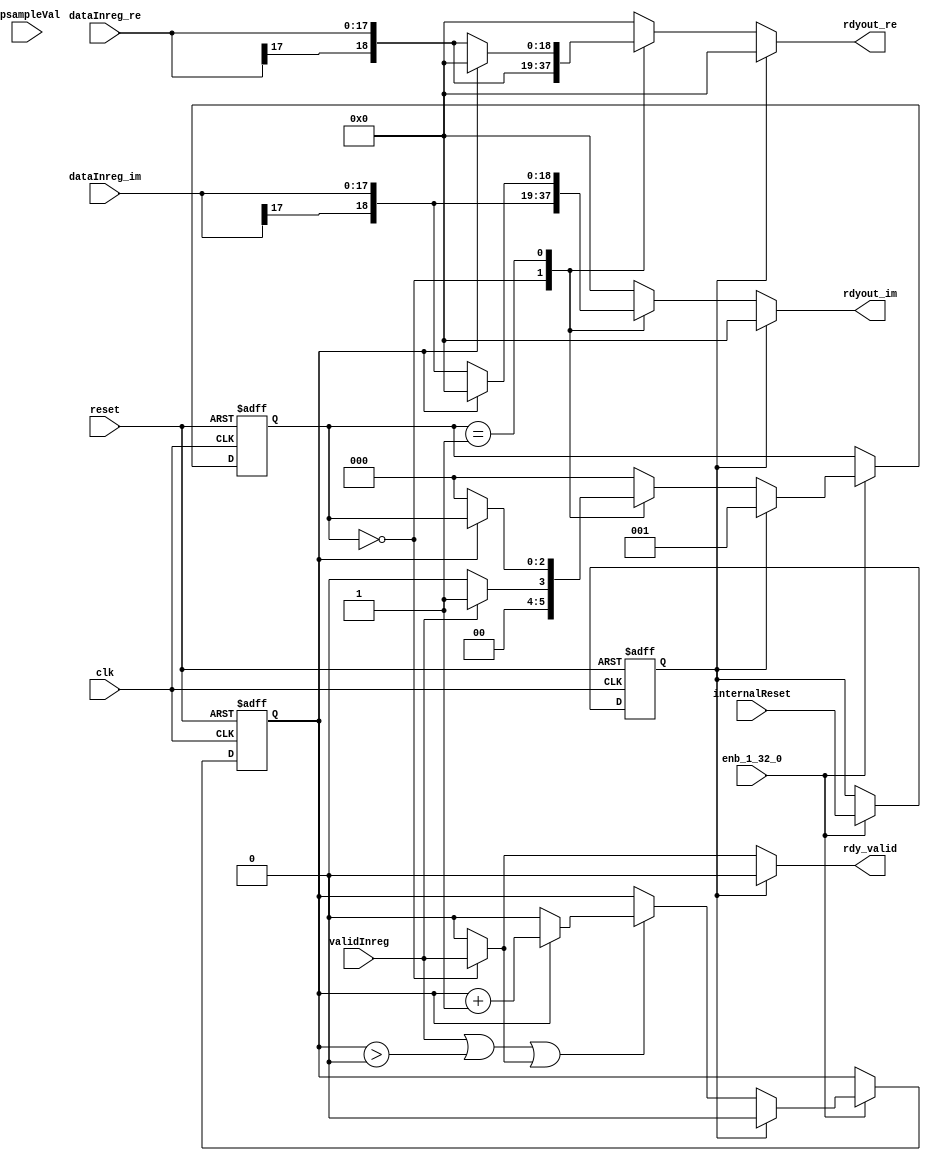
// -------------------------------------------------------------
// 
// 
// Generated by MATLAB 9.13 and HDL Coder 4.0
// 
// -------------------------------------------------------------


// -------------------------------------------------------------
// 
// Module: rdySection
// Source Path: whdlOFDMTransmitter_up_con/OFDM_UC/HDL_DUC/CICInterpolator/rdySection
// Hierarchy Level: 3
// 
// -------------------------------------------------------------

`timescale 1 ns / 1 ns

module rdySection
          (clk,
           reset,
           enb_1_32_0,
           dataInreg_re,
           dataInreg_im,
           validInreg,
           internalReset,
           upsampleVal,
           rdyout_re,
           rdyout_im,
           rdy_valid);


  input   clk;
  input   reset;
  input   enb_1_32_0;
  input   signed [17:0] dataInreg_re;  // sfix18_En14
  input   signed [17:0] dataInreg_im;  // sfix18_En14
  input   validInreg;
  input   internalReset;
  input   [11:0] upsampleVal;  // ufix12
  output  signed [18:0] rdyout_re;  // sfix19_En14
  output  signed [18:0] rdyout_im;  // sfix19_En14
  output  rdy_valid;


  wire signed [18:0] rdyIn_re;  // sfix19_En14
  wire signed [18:0] rdyIn_im;  // sfix19_En14
  reg [2:0] cicReadyData_state;  // ufix3
  reg  cicReadyData_count;  // ufix1
  reg  cicReadyData_resetReg;
  reg [2:0] cicReadyData_state_next;  // ufix3
  reg  cicReadyData_count_next;  // ufix1
  reg  cicReadyData_resetReg_next;
  reg signed [18:0] rdyout_re_1;  // sfix19_En14
  reg signed [18:0] rdyout_im_1;  // sfix19_En14
  reg  rdy_valid_1;
  reg  cicReadyData_out2_0;
  reg  cicReadyData_validInreg;
  reg [1:0] cicReadyData_add_temp;  // ufix2
  reg [1:0] cicReadyData_t_0_0;  // ufix2


  assign rdyIn_re = {dataInreg_re[17], dataInreg_re};



  assign rdyIn_im = {dataInreg_im[17], dataInreg_im};



  always @(posedge clk or posedge reset)
    begin : cicReadyData_process
      if (reset == 1'b1) begin
        cicReadyData_state <= 3'b000;
        cicReadyData_count <= 1'b0;
        cicReadyData_resetReg <= 1'b0;
      end
      else begin
        if (enb_1_32_0) begin
          cicReadyData_state <= cicReadyData_state_next;
          cicReadyData_count <= cicReadyData_count_next;
          cicReadyData_resetReg <= cicReadyData_resetReg_next;
        end
      end
    end

  always @(cicReadyData_count, cicReadyData_resetReg, cicReadyData_state, internalReset,
       rdyIn_im, rdyIn_re, validInreg) begin
    cicReadyData_add_temp = 2'b00;
    cicReadyData_t_0_0 = 2'b00;
    cicReadyData_state_next = cicReadyData_state;
    cicReadyData_count_next = cicReadyData_count;
    cicReadyData_validInreg = validInreg != 1'b0;
    case ( cicReadyData_state)
      3'b000 :
        begin
          rdyout_re_1 = rdyIn_re;
          rdyout_im_1 = rdyIn_im;
          cicReadyData_out2_0 = cicReadyData_validInreg;
          cicReadyData_state_next = 3'b000;
          if (cicReadyData_validInreg) begin
            cicReadyData_state_next = 3'b001;
          end
        end
      3'b001 :
        begin
          if (cicReadyData_count == 1'b0) begin
            cicReadyData_state_next = 3'b000;
            rdyout_re_1 = rdyIn_re;
            rdyout_im_1 = rdyIn_im;
            cicReadyData_out2_0 = 1'b0;
          end
          else begin
            rdyout_re_1 = 19'sb0000000000000000000;
            rdyout_im_1 = 19'sb0000000000000000000;
            cicReadyData_out2_0 = 1'b0;
          end
        end
      default :
        begin
          rdyout_re_1 = 19'sb0000000000000000000;
          rdyout_im_1 = 19'sb0000000000000000000;
          cicReadyData_out2_0 = 1'b0;
          cicReadyData_state_next = 3'b000;
        end
    endcase
    if ((cicReadyData_validInreg || (cicReadyData_count > 1'b0)) || cicReadyData_out2_0) begin
      if (cicReadyData_count == 1'b0) begin
        cicReadyData_count_next = 1'b0;
      end
      else begin
        cicReadyData_t_0_0 = {1'b0, cicReadyData_count};
        cicReadyData_add_temp = cicReadyData_t_0_0 + 2'b01;
        cicReadyData_count_next = cicReadyData_add_temp[0];
      end
    end
    if (cicReadyData_resetReg) begin
      cicReadyData_count_next = 1'b0;
      cicReadyData_state_next = 3'b001;
      rdyout_re_1 = 19'sb0000000000000000000;
      rdyout_im_1 = 19'sb0000000000000000000;
      cicReadyData_out2_0 = 1'b0;
    end
    cicReadyData_resetReg_next = internalReset != 1'b0;
    rdy_valid_1 = cicReadyData_out2_0;
  end



  assign rdyout_re = rdyout_re_1;

  assign rdyout_im = rdyout_im_1;

  assign rdy_valid = rdy_valid_1;

endmodule  // rdySection